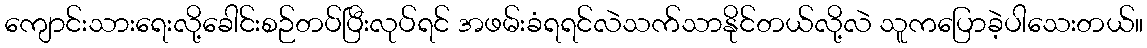
ကျောင်းသားရေးလို့ခေါင်းစဉ်တပ်ပြီးလုပ်ရင် အဖမ်းခံရရင်လဲသက်သာနိုင်တယ်လို့လဲ သူကပြောခဲ့ပါသေးတယ်။